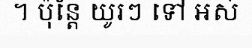
។ ប៉ុន្តែ យូរៗ ទៅ អស់